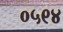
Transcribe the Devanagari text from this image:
०५९४